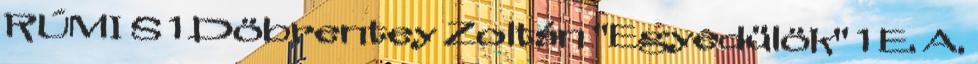
RÚMI S 1 Döbrentey Zoltán "Egyedülök" 1 E. A.